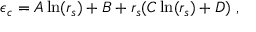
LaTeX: \epsilon _ { c } = A \ln ( r _ { s } ) + B + r _ { s } ( C \ln ( r _ { s } ) + D ) \ ,